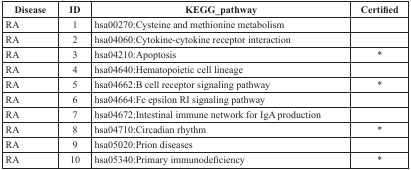
<table><thead><tr><td><b>Disease</b></td><td><b>ID</b></td><td><b>KEGG_pathway</b></td><td><b>Certified</b></td></tr></thead><tbody><tr><td>RA</td><td>1</td><td>hsa00270:Cysteine and methionine metabolism</td><td></td></tr><tr><td>RA</td><td>2</td><td>hsa04060:Cytokine-cytokine receptor interaction</td><td></td></tr><tr><td>RA</td><td>3</td><td>hsa04210:Apoptosis</td><td>*</td></tr><tr><td>RA</td><td>4</td><td>hsa04640:Hematopoietic cell lineage</td><td></td></tr><tr><td>RA</td><td>5</td><td>hsa04662:B cell receptor signaling pathway</td><td>*</td></tr><tr><td>RA</td><td>6</td><td>hsa04664:Fc epsilon RI signaling pathway</td><td></td></tr><tr><td>RA</td><td>7</td><td>hsa04672:Intestinal immune network for IgA production</td><td></td></tr><tr><td>RA</td><td>8</td><td>hsa04710:Circadian rhythm</td><td>*</td></tr><tr><td>RA</td><td>9</td><td>hsa05020:Prion diseases</td><td></td></tr><tr><td>RA</td><td>10</td><td>hsa05340:Primary immunodeficiency</td><td>*</td></tr></tbody></table>